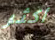
أكثر